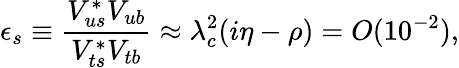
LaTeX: \epsilon_{s}\equiv\frac{V_{us}^{\ast}V_{ub}}{V_{ts}^{\ast}V_{tb}}\approx\lambda_{c}^{2}(i\eta-\rho)=O(10^{-2}),